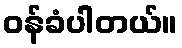
ဝန်ခံပါတယ်။